Vaccination in Bombay 1874-1876 - 1874-1876
Year: 1874
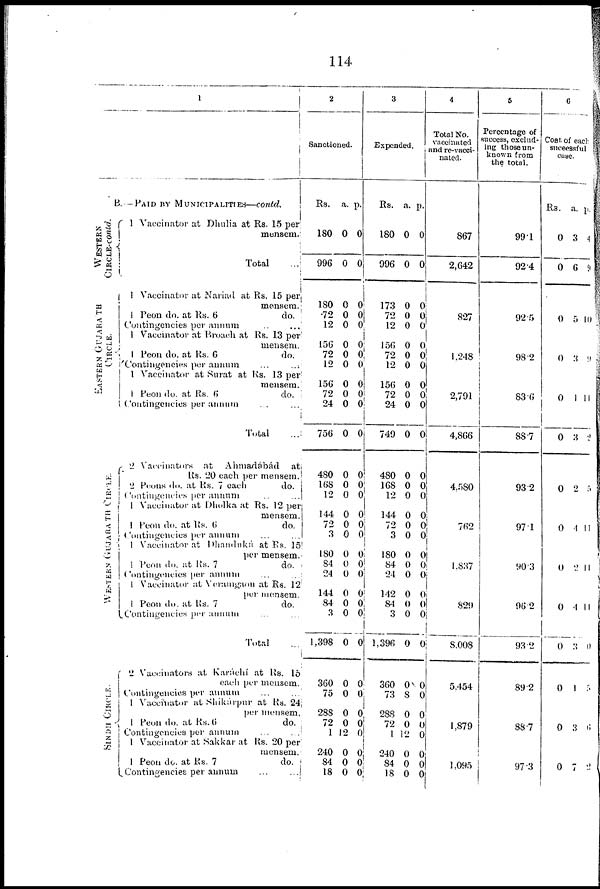
114
1
B.—PAID BY MUNICIPALITIES—contd.
WESTERN
CIRCLE-contd.
EASTERN GUJARATH
CIRCLE.
WESTERN GUJARATH CIRCLE.
SINDH CIRCLE
1 Vaccinator at Dhulia at Rs. 15 per
mensem.
Total
1 Vaccinator at Nariad at Rs. 15 per,
mensem.;
1 Peon do. at Rs. 6
do.
Contingencies per annum
...
1 Vaccinator at Broach at Rs. 13 per
mensem.
1 Peon do. at Rs. 6
do.
Contingencies per annum ... ...
1 Vaccinator at Surat at Rs. 13 per
mensem.
1 Peon do. at Rs. 6
do.
Contingencies per annum ... ...
Total
2 Vaccinators at
Ahmadabad
at
Rs. 20 each per mensem.
2 Peons do. at Rs. 7 each
do.
Contingencies per annum
...
1 Vaccinator at Dholka at Rs. 12 per
mensem.
1 Peon do. at Rs. 6
do.
Contingencies per annum
1 Vaccinator at
Dhanduká at Rs. 15
per mensem.
1 Peon do. at Rs. 7
do.
Contingencies per annum
1 Vaccinator at Veramgaon at Rs. 12
per mensem.
1 Peon do. at Rs. 7
do.
Contingencies per annum ... ...
Total
2 Vaccinators at Karáchi at Rs. 16
each per mensem.
1 Contingencies per annum
1 Vaccinator at Shikarpur at Rs. 24
per mensem.
1 Peon do. at Rs. 6
do.
Contingencies per annum
1 Vaccinator at Sakkar at Rs. 20 per
mensem.
1 Peon do. at Rs. 7
do.
Contingencies per annum ... ...
2
Sanctioned.
Rs.
180
996
180
72
12
156
72
12
156
72
24
756
480
168
12
144
72
3
180
84
24
144
84
3
1,398
360
75
288
72
1
240
84
18
a.
0
0
0
0
0
0
0
0
0
0
0
0
0
0
0
0
0
0
0
0
0
0
0
0
0
0
0
0
0
12
0
0
0
p.
0
0
0
0 0
0
0 0
0
0
0
0
0
0
0
0
0
0
0
0
0
0
0
0
0
0
0
0
0
0
0
0
0
3
Expended.
Rs.
180
996
173
72
12
156
72
12
156
72
24
749
480
168
12
144
72
3
180
84
24
142
84
3
1,396
360
73
288
72
1
240
84
18
a.
0
0
0
0
0
0
0
0
0
0
0
0
0
0
0
0
0
0
0
0
0
0
0
0
0
0
8
0
0
12
0
0
0
p.
0
0
0
0
0
0
0 0
0
0
0
0
0
0
0
0
0 0
0
0
0
0
0
0
0
0
0
0
0
0
0
0
0
4
Total No.
vaccinated
and re-vacci-
nated.
867
2,642
827
1,248
2,791
4,866
4,580
762
1,837
829
8,008
5,454
1,879
1,095
5
Percentage of
success, exclud-
ing those un-
known from
the total.
99.1
92.4
92.5
98.2
83.6
88.7
93.2
97.1
90.3
96.2
93.2
89 2
88.7
97.3
6
Cost of each
successful
case.
Rs.
0
0
0
0
0
0
0
0
0
0
0
0
0
0
a.
3
6
5
3
1
3
2
4
2
1
3
1
3
7
p.
4
9
10
9
11
2
5
11
11
11
0
6
2